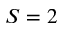
S = 2